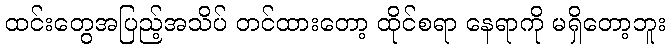
ထင်းတွေအပြည့်အသိပ် တင်ထားတော့ ထိုင်စရာ နေရာကို မရှိတော့ဘူး